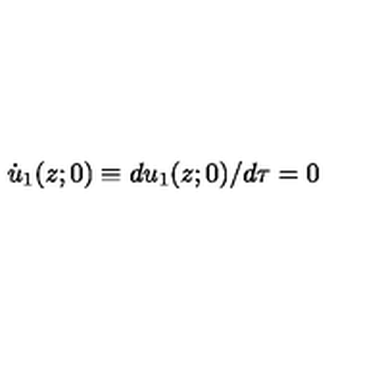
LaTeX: \dot { u } _ { 1 } ( z ; 0 ) \equiv d u _ { 1 } ( z ; 0 ) / d \tau = 0